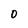
Character: 0